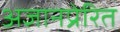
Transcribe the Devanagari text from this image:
अज्ञानप्रेरित